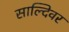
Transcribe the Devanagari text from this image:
साल्दिवर